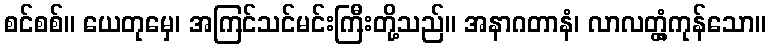
စင်စစ်။ ယေတုမှေ၊ အကြင်သင်မင်းကြီးတို့သည်။ အနာဂတာနံ၊ လာလတ္တံ့ကုန်သော။